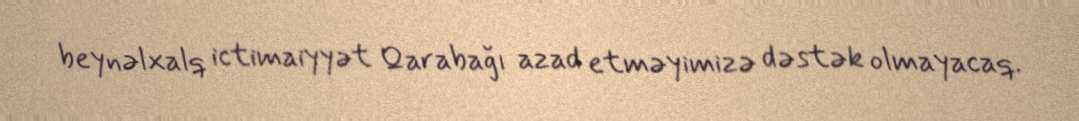
beynəlxalq ictimaiyyət Qarabağı azad etməyimizə dəstək olmayacaq.